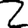
Digit: 2